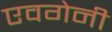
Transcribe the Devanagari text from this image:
एवगेनी